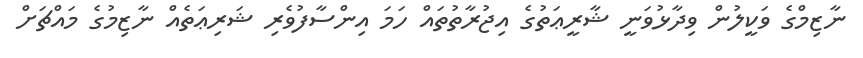
ނާޒިމްގެ ވަކީލުން ވިދާޅުވަނީ ޝާރީޢަތުގެ އިޖުރާތުތައް ހަމަ އިންސާފުވެރި ޝަރިޢަތެއް ނާޒިމުގެ މައްޗަށް